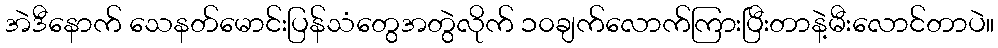
အဲဒီနောက် သေနတ်မောင်းပြန်သံတွေအတွဲလိုက် ၁၀ချက်လောက်ကြားပြီးတာနဲ့မီးလောင်တာပဲ။